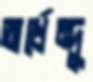
অর্ধেন্দু